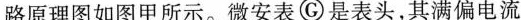
路原理图如图甲所示。微安表\textcircled{G}是表头，其满偏电流